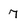
Character: 7